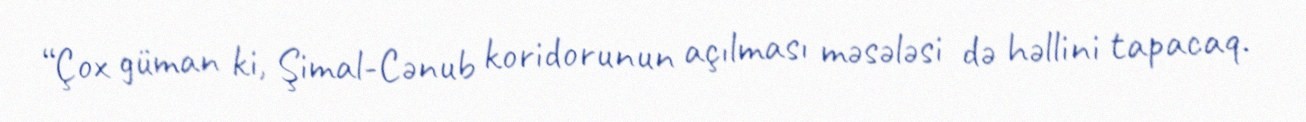
“Çox güman ki, Şimal-Cənub koridorunun açılması məsələsi də həllini tapacaq.